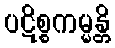
ပဋိစ္စကမ္မန္တိ